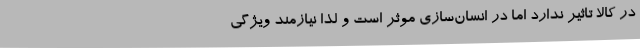
در کالا تاثیر ندارد اما در انسان‌سازی موثر است و لذا نیازمند ویژگی